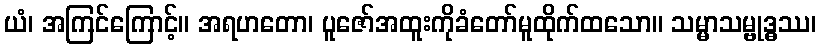
ယံ၊ အကြင်ကြောင့်။ အရဟတော၊ ပူဇော်အထူးကိုခံတော်မူထိုက်ထသော။ သမ္မာသမ္ဗုဒ္ဓဿ၊